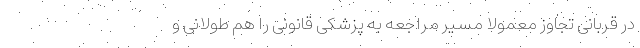
در قربانی تجاوز معمولا مسیر مراجعه به پزشکی قانونی را هم طولانی و